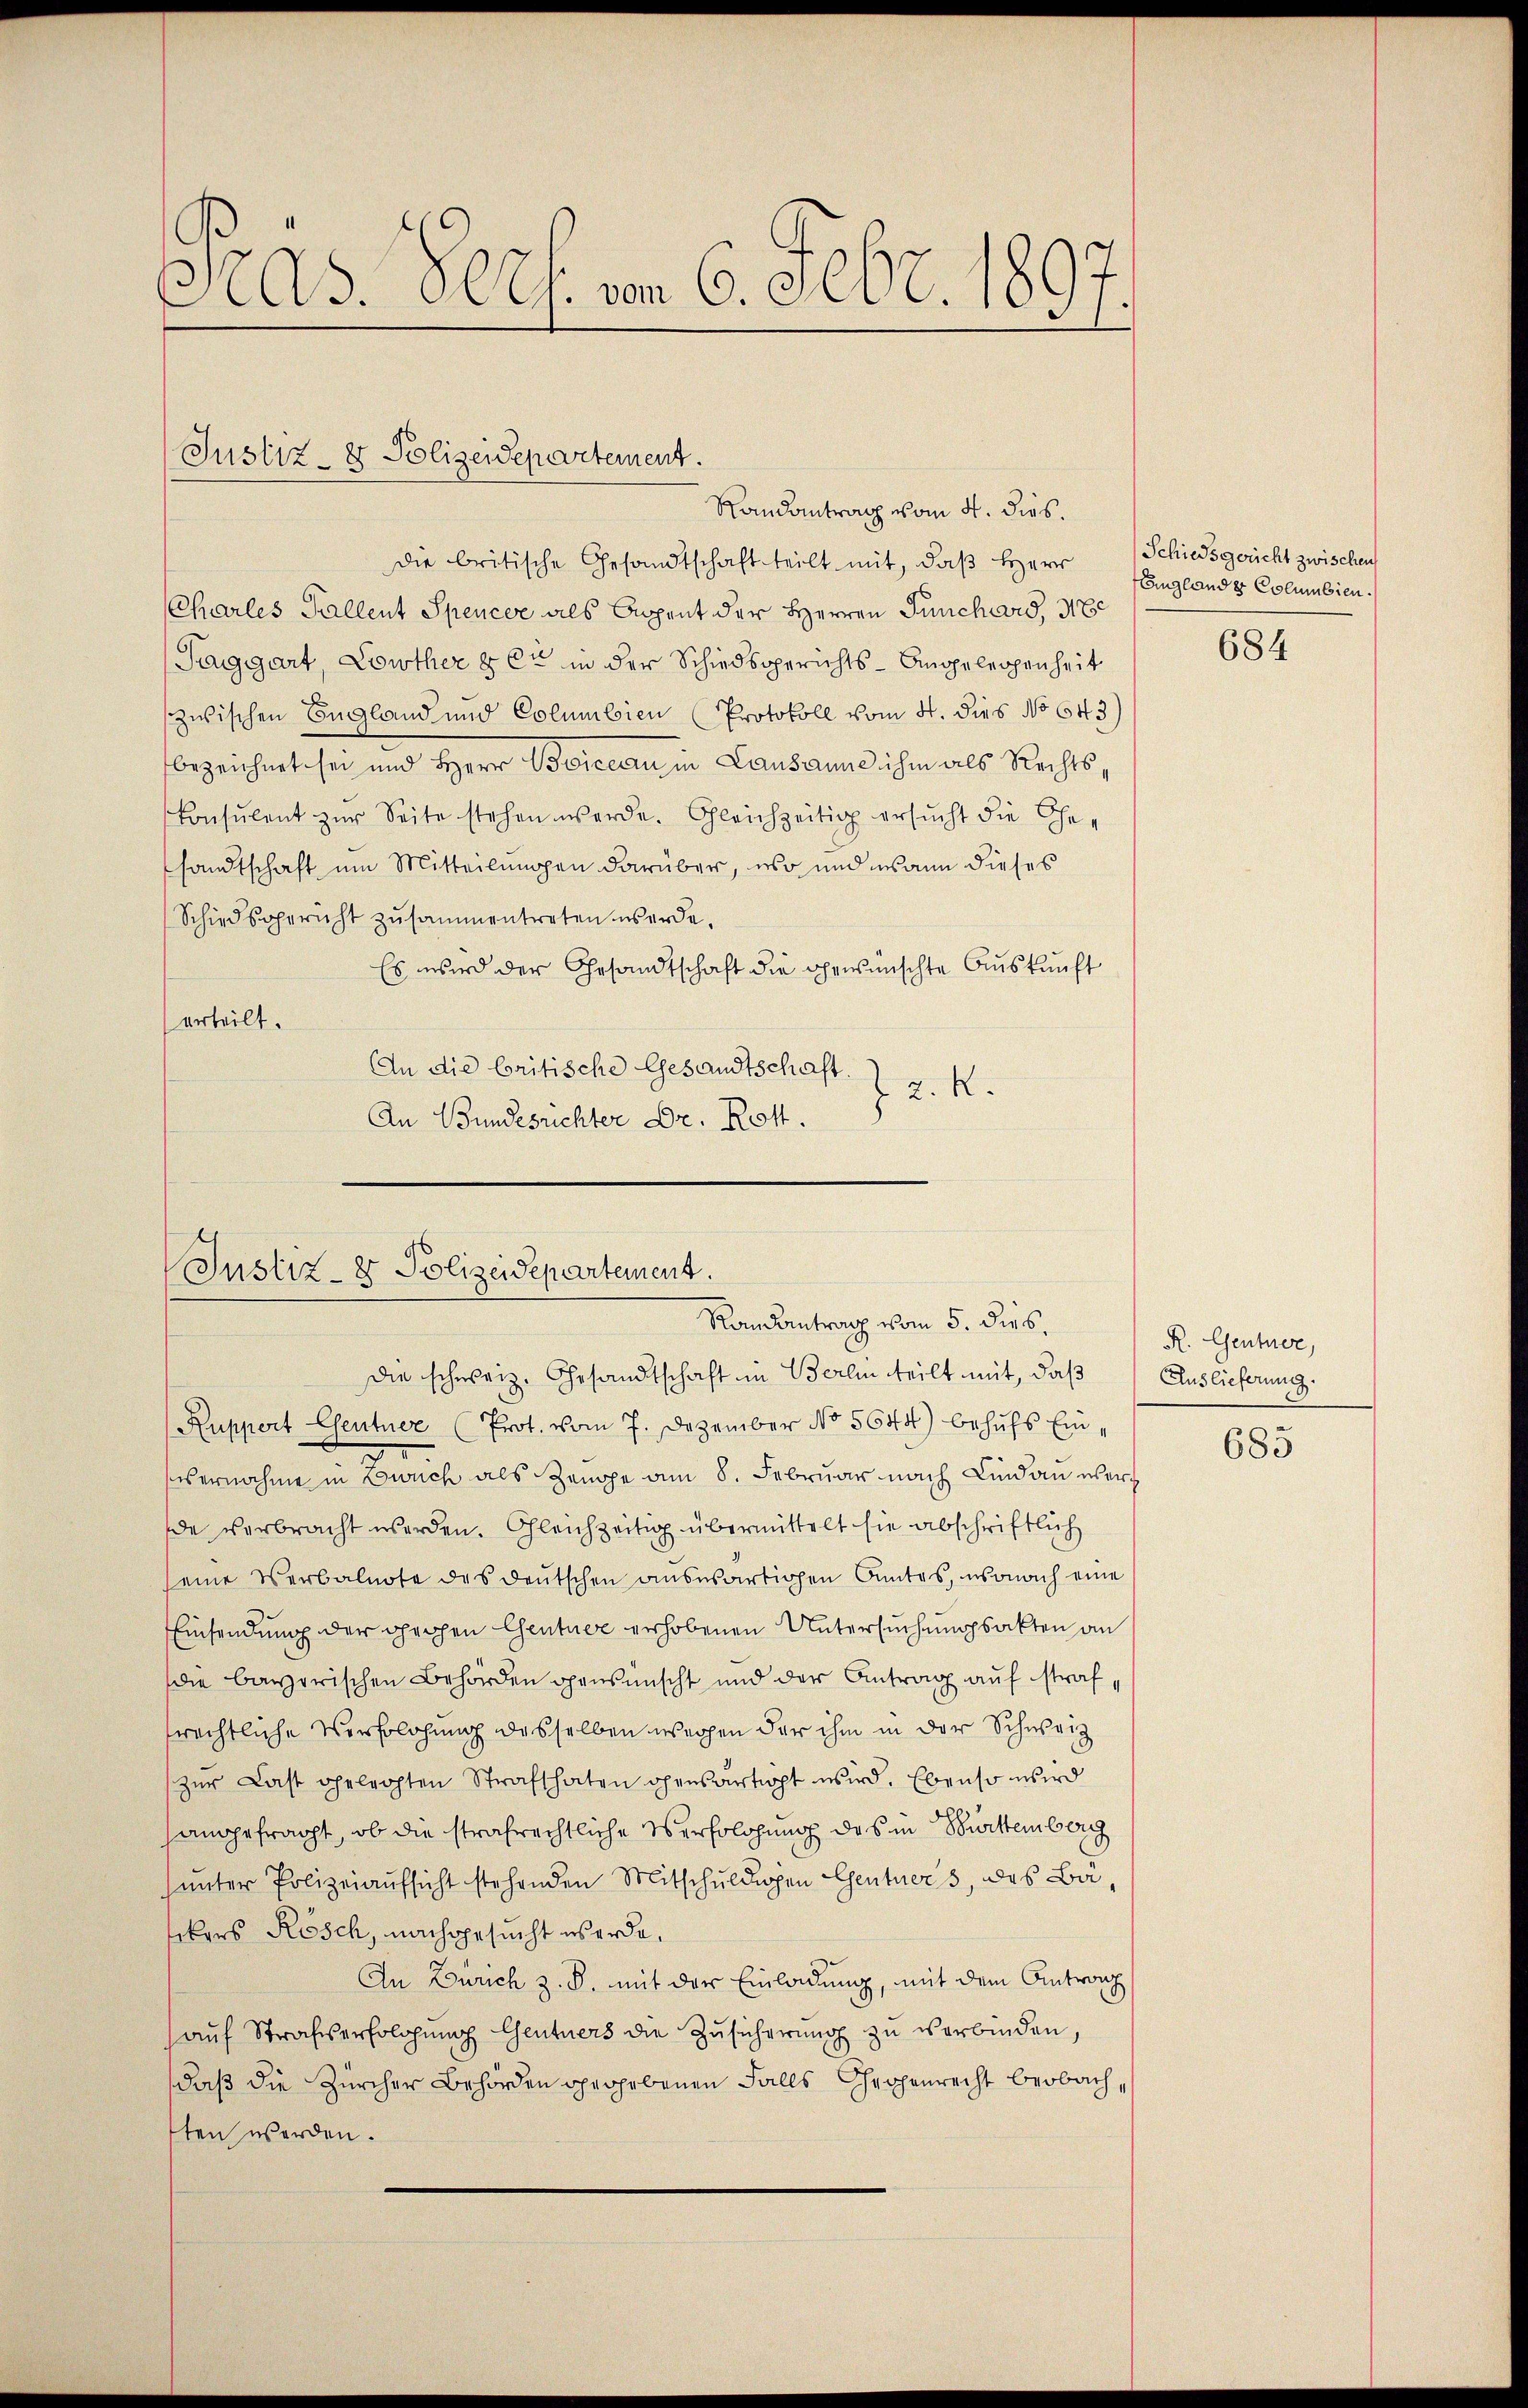
Pras. Verf. vom 6. Febr. 1897.

Justiz- & Polizeidepartement.
Randantrag vom 4. dies.

die britische Gesandtschaft teilt mit, daß Herr
Charles Gallent Spencer als Cepent der Herren Punchard, M
Paggart, Lonther & Er in der Schiedsgerichts- Angelegenheit
zwischen England und Columbien (Protokoll vom 4. dies No 643.)
bezeichnet sei und Herr Boicean in Lausanne ihm als Rechts¬
Consulent zŭr Seite stehen werde. Gleichzeitig ersŭcht die Ehe-
sandtschaft um Mitteilungen darüber, wo und wann dieses
Schiedsgericht zusammentreten werde.
Es wird der Gesandtschaft die gewünschte Auskunft
erteilt.
An die britische Gesandtschaft.
2.R.
An Bundesrichter Dr. Rott.

Justiz- & Polizeidepartement.
Randantrag vom 5. dies.
die schweiz. Gesandtschaft in Berlin teilt mit, daβ Auslieferung.

Ruppert Centner (Prot. vom 7. Dezember No 5644) behŭfs Einvernahme in Bruch als Zeuge am 8. Februar nach Lindau werde verbracht werden. Gleichzeitig übermittelt sie abschriftlich
eine Verbalnote des deutschen aŭswärtigen Amtes, wonach eine
Einsendung der prochen Centner erhobenen Untersuchungsakten an
die bayerischen Behörden gensmischt und der Antrag auf straf,
trechtliche Verbolohung desselben wegen der ihm in der Schweiz
zŭr Last gelegten Strafthaten gensartigt wird. Ebenso wird
anggebracht, ob die strafrechtliche Verfolgung das in Bürttemberg
(unter Polizeiaufsicht stehenden Mitschuldigen Gentners, des Basikers Rosch, nachgesucht werde.
An Zürich z. B. mit der Einladung, mit dem Antrag
auf Strafserfolgung Gentners die Zusicherung zu verbinden,
daß die Zürcher Behörden gegebenen Falls Chrohenrecht beobach,
ten werden.

Schiedsgericht zwischen
Englander Columbien.

684

R. Gentner,

685